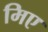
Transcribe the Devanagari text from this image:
मिए